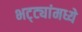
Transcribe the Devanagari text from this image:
भट्ट्यांमध्ये